Vaccination in the Punjab 1905-1918 - 1905-1918
Year: 1905
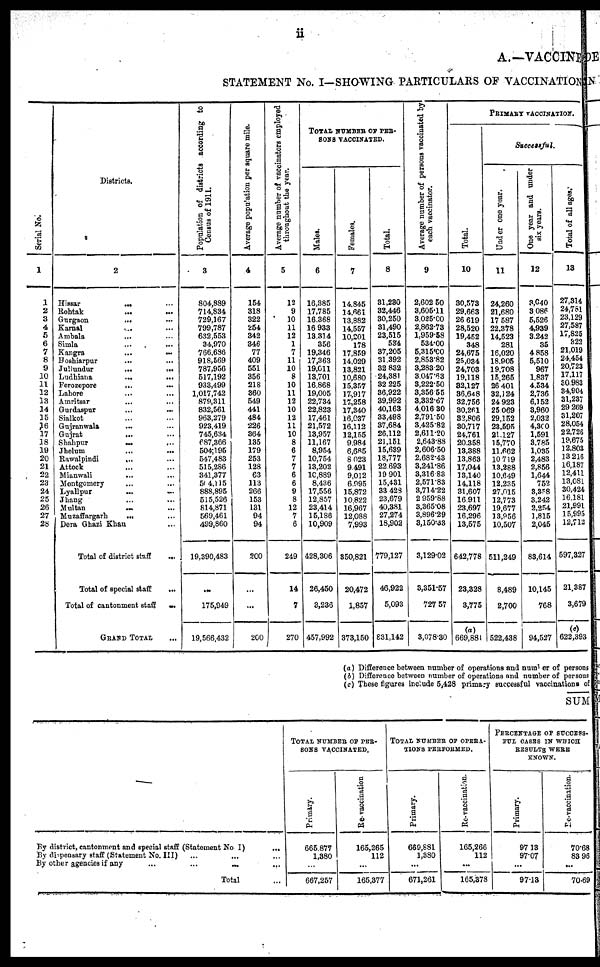
ii
A.—VACCINE
STATEMENT No. I—SHOWING PARTICULARS OF VACCINATION
Serial No.
1
1
2
3
4
5
6
7
8
9
10
11
12
13
14
15
16
17
18
19
20
21
22
23
24
25
26
27
28
Districts.
2
Hissar
...
...
Rohtak ... ...
Gurgaon
...
...
Karnal ... ...
Ambala ... ...
Simla ... ...
Kangra ... ...
Hoshiarpur ... ...
Jullundur
...
...
Ludhiana
...
...
Ferozepore
...
...
Lahore ... ...
Amritsar ... ...
Gurdaspur ... ...
Sialkot ... ...
Gujranwala ... ...
Gujrat
... ...
Shahpur
...
...
Jhelum ... ...
Rawalpindi
... ...
Attock ... ...
Mianwali ... ...
Montgomery ... ...
Lyallpur
...
...
Jhang
...
...
Multan
...
...
Muzaffargarh
... ...
Dera Ghazi Khan ...
Total of district staff
...
Total of special staff
...
Total of cantonment staff
...
GRAND TOTAL ...
Population of districts according to
Census of 1911.
3
804,889
714,834
729,167
799,787
632,553
34,970
766,686
918,569
787,956
517,192
933,499
1,017,742
879,311
832,561
963,279
923,419
745,634
687,366
504,195
547,483
515,286
341,377
504,115
888,895
515,526
814,871
569,461
499,860
19,390,483
...
175,949
19,566,432
Average population per square mile.
4
154
318
322
254
342
346
77
409
551
356
218
360
549
441
484
226
364
135
179
253
128
63
113
266
153
131
94
94
200
...
...
200
Average number of vaccinators employed
throughout the year.
5
12
9
10
11
12
1
7
11
10
8
10
11
12
10
12
11
10
8
6
7
7
6
6
9
8
12
7
6
249
14
7
270
TOTAL NUMBER OF PER¬
SONS VACCINATED.
Males.
6
16,385
17,785
16,368
16,933
13,314
356
19,346
17,363
19,011
13,701
16,868
19,005
22,734
22,823
17,461
21,572
13,957
11,167
8,954
10,754
13,202
10,889
8,436
17,556
12,857
23,414
15,186
10,909
428,306
26,450
3,236
457,992
Females.
7
14,845
14,661
13,882
14,557
10,201
178
17,859
14,029
13,821
10,680
15,357
17,917
17,258
17,340
16,037
16,112
12,155
9,984
6,685
8,023
9,491
9,012
6,995
15,872
10,822
16,967
12,088
7,993
350,821
20,472
1,857
373,150
Total.
8
31,230
32,446
30,250
31,490
23,515
534
37,205
31,392
32,832
24,381
32,225
36,922
39,992
40,163
33,498
37,684
26,112
21,151
15,639
18,777
22,693
19,901
15,431
33,428
23,679
40,381
27,274
18,902
779,127
46,922
5,093
831,142
Average number of persons vaccinated by
each vaccinator.
9
2,602.50
3,605.11
3,025.00
2,862.73
1,959.58
534.00
5,315.00
2,853.82
3,283.20
3,047.63
3,222.50
3,356.55
3,332.67
4,016.30
2,791.50
3,425.82
2,611.20
2,643.88
2,606.50
2,682.43
3,241.86
3,316.83
2,571.83
3,714.22
2,959.88
3,365.08
3,896.29
3,150.33
3,129.02
3,351.57
727.57
3,078.30
PRIMARY VACCINATION.
Total.
10
30,573
29,663
26,619
28,520
19,452
348
24,675
25,034
24,703
19,118
32,127
36,648
32,756
30,261
32,806
30,717
24,761
20,358
13,388
13,863
17,044
13,140
14,118
31,607
16,911
23,697
16,296
13,575
642,778
23,328
3,775
(a)
669,881
Successful.
Under one year.
11
24,260
21,680
17,587
22,378
14,523
281
16,020
18,905
19,708
15,265
26,401
32,124
24,923
25,069
29,152
23,595
21,127
15,770
11,662
10,719
13,288
10,649
12,235
27,015
12,773
19,677
13,956
10,507
511,249
8,489
2,700
522,438
One year and under
six years.
12
3,040
3,086
5,526
4,939
3,242
35
4,858
5,510
967
1,837
4,534
2,736
6,152
3,960
2,032
4,300
1,591
3,785
1,035
2,483
2,856
1,644
752
3,358
3,242
2,254
1,815
2,045
83,614
10,145
768
94,527
Total of all ages.
13
27,314
24,751
23,129
27,587
17,825
322
21,019
24,454
20,723
17,117
30,983
34,904
31,237
29,269
31,207
28,054
22,726
19,675
12,803
13,216
16,187
12,411
13,081
30,424
16,181
21,991
15,995
12,712
597,327
21,387
3,679
(c)
622,393
(a) Difference between number of operations and number of persons
(b) Difference between number of operations and number of persons
(c) These figures include 5,428 primary successful vaccinations of
SUM
By district, cantonment and special staff (Statement No I)
...
By dispensary staff (Statement No. III) ... ... ...
By other agencies if any
...
...
...
...
Total ...
TOTAL NUMBER OF PER¬
SONS VACCINATED.
Primary.
665,877
1,380
...
667,257
Re-vaccination
165,265
112
...
165,377
TOTAL NUMBER OF OPERA¬
TIONS PERFORMED.
Primary.
669,881
1,380
...
671,261
Re-vaccination.
165,266
112
...
165,378
PERCENTAGE OF SUCCESS¬
FUL CASES IN WHICH
RESULTS WERE
KNOWN.
Primary.
97.13
97.07
...
97.13
Re-vaccination.
70.68
83.96
...
70.69